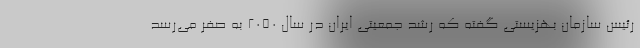
رئیس سازمان بهزیستی گفته که رشد جمعیتی ایران در سال ۲۰۵۰ به صفر می‌رسد